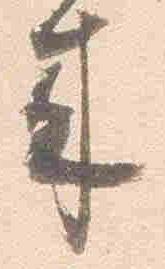
来